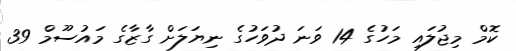
ކޮމް މިޖުލައި މަހުގެ 14 ވަނަ ދުވަހުގެ ނިޔަލަށް ގާޒާގެ މައުސޫމް 39